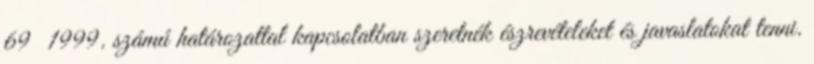
69 1999. számú határozattal kapcsolatban szeretnék észrevételeket és javaslatokat tenni.